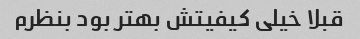
قبلا خیلی کیفیتش بهتر بود بنظرم